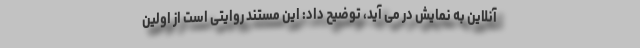
آنلاین به نمایش در می آید، توضیح داد: این مستند روایتی است از اولین